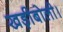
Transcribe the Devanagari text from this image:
खड़ीबोली।